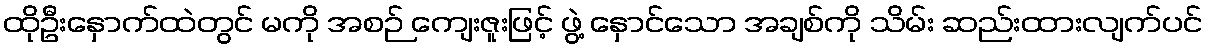
ထိုဦးနှောက်ထဲတွင် မကို အစဉ် ကျေးဇူးဖြင့် ဖွဲ့ နှောင်သော အချစ်ကို သိမ်း ဆည်းထားလျက်ပင်